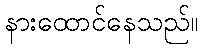
နားထောင်နေသည်။